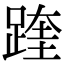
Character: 䠑